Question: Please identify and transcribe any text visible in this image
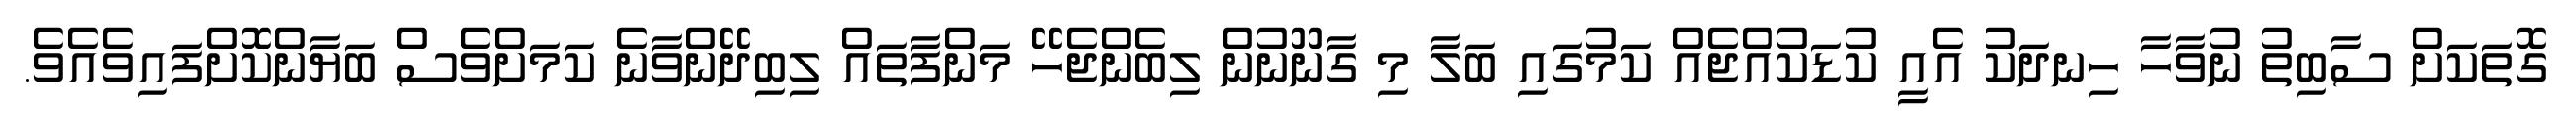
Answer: ގޮތަކަށް ސާބިތު ނުވާހާ ހިނދަކު އެއީ ކުޑަކުއްޖެއް ކަމުގައި ބަލާ މި ގާނޫނުން ލިބެންޖެހޭ މަންފާތައް ލިބިދޭންވާނެ ކަމަށްވެސް ބަޔާންކޮށްފައިވެއެވެ.